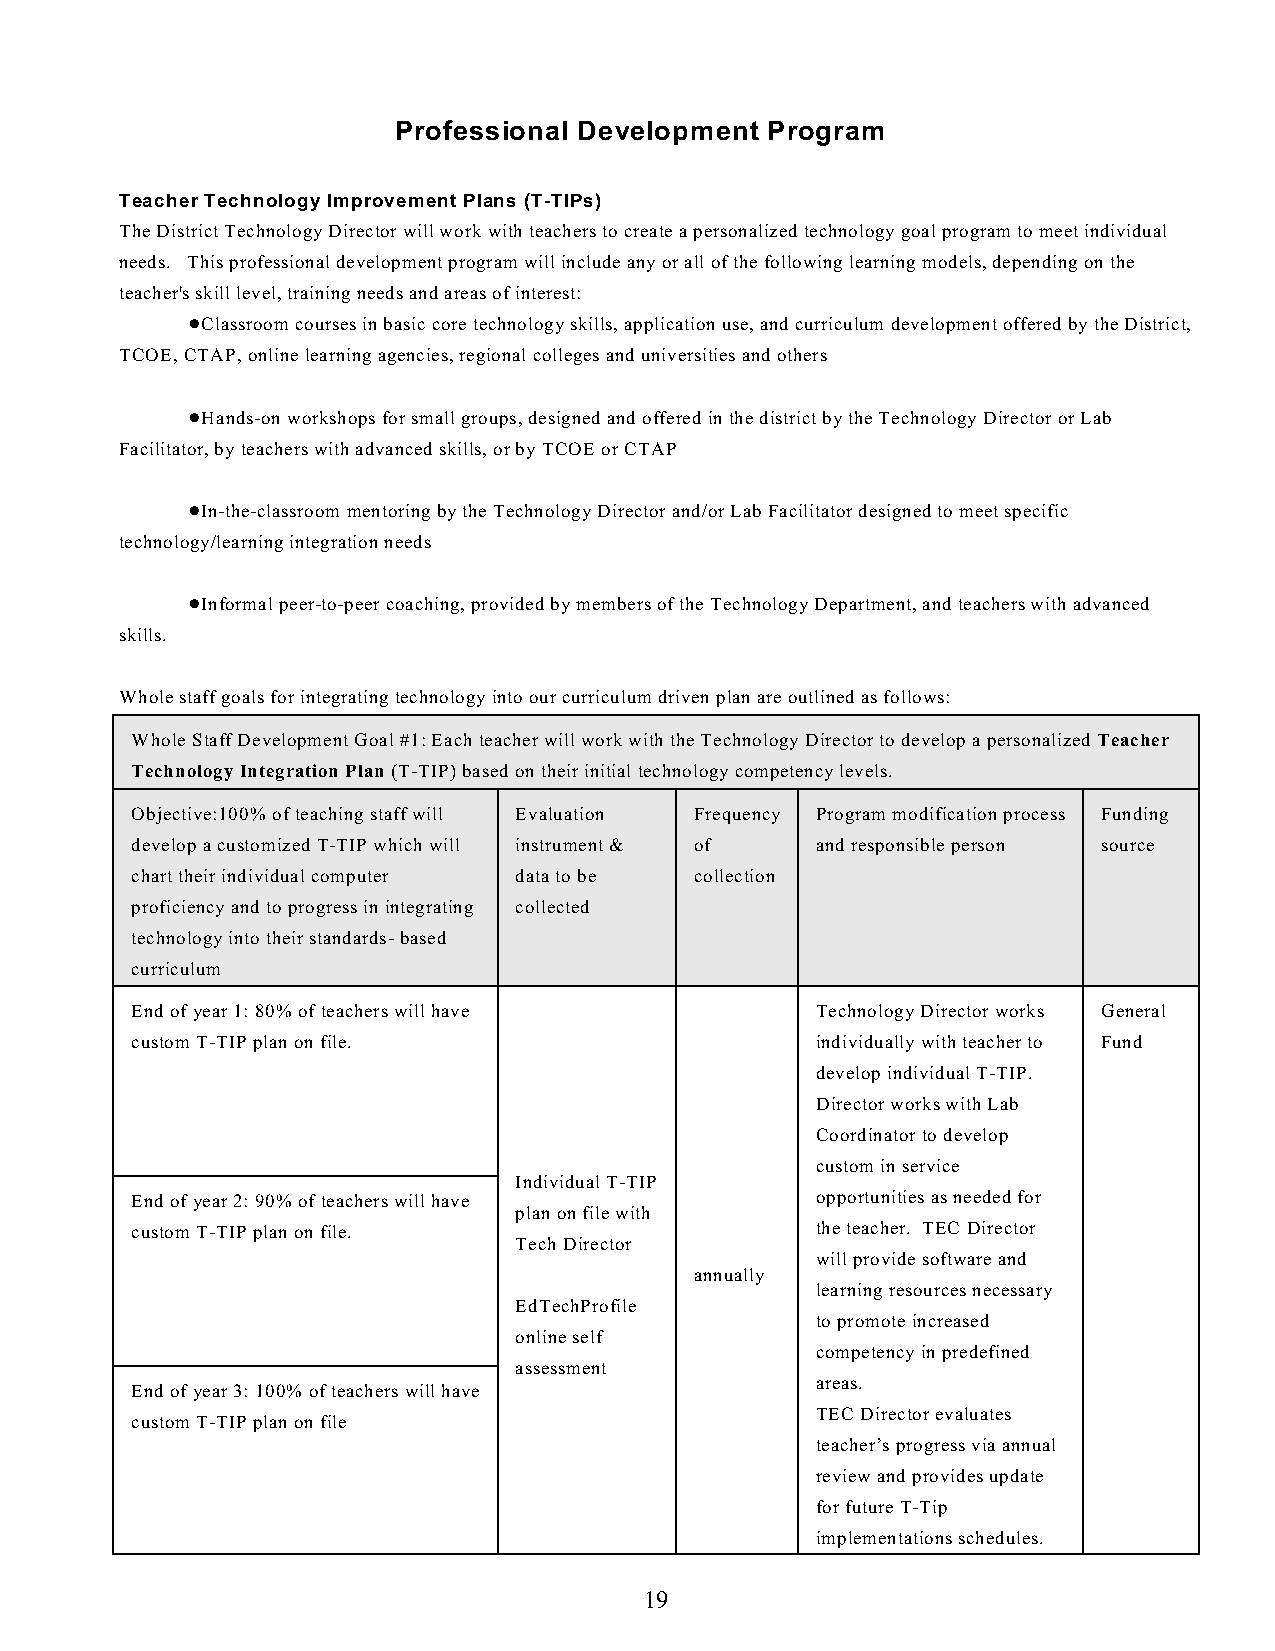
Professional Development Program
 Teacher Technology Improvement Plans (T-TIPs)
 The District Technology Director will work with teachers to create a personalized technology goal program to meet individual
 needs. This professional development program will include any or all of the following learning models, depending on the
 teacher's skill level, training needs and areas of interest:
 !Classroom courses in basic core technology skills, application use, and curriculum development offered by the District,
 TCOE, CTAP, online learning agencies, regional colleges and universities and others
 !Hands-on workshops for small groups, designed and offered in the district by the Technology Director or Lab
 Facilitator, by teachers with advanced skills, or by TCOE or CTAP
 !In-the-classroom mentoring by the Technology Director and/or Lab Facilitator designed to meet specific
 technology/learning integration needs
 !Informal peer-to-peer coaching, provided by members of the Technology Department, and teachers with advanced
 skills.
 Whole staff goals for integrating technology into our curriculum driven plan are outlined as follows:
 Whole Staff Development Goal #1: Each teacher will work with the Technology Director to develop a personalized Teacher
 Technology Integration Plan (T-TIP) based on their initial technology competency levels.
 Objective:100% of teaching staff will Evaluation Frequency Program modification process Funding
 develop a customized T-TIP which will instrument & of and responsible person source
 chart their individual computer data to be collection
 proficiency and to progress in integrating collected
 technology into their standards- based
 curriculum
 End of year 1: 80% of teachers will have     Technology Director works General
 custom T-TIP plan on file.                   individually with teacher to Fund
 develop individual T-TIP.
 Director works with Lab
 Coordinator to develop
 custom in service
 Individual T-TIP
 End of year 2: 90% of teachers will have     opportunities as needed for
 plan on file with
 custom T-TIP plan on file.                   the teacher. TEC Director
 Tech Director
 will provide software and
 annually
 learning resources necessary
 EdTechProfile
 to promote increased
 online self
 competency in predefined
 assessment
 areas.
 End of year 3: 100% of teachers will have
 TEC Director evaluates
 custom T-TIP plan on file
 teacher’s progress via annual
 review and provides update
 for future T-Tip
 implementations schedules.
 19